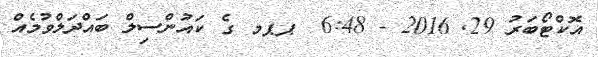
އޮކްޓޯބަރު 29